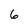
Character: 6